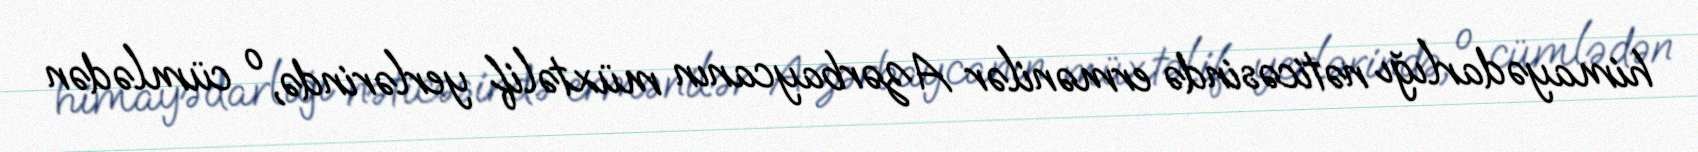
himayədarlığı nəticəsində ermənilər Azərbaycanın müxtəlif yerlərində, o cümlədən